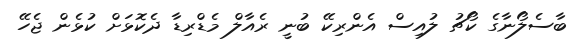
ބާސެލޯނާގެ ކޯޗު ލުއިސް އެންރިކޭ ބުނީ ރެއާލް މެޑްރިޑާ ދެކޮޅަށް ކުޅެން ޖެހޭ